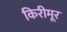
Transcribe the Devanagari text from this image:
किरीमूर